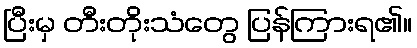
ပြီးမှ တီးတိုးသံတွေ ပြန်ကြားရ၏။